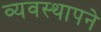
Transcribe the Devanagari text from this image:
व्यवस्थापने